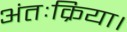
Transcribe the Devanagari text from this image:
अंतःक्रिया।